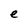
Character: e